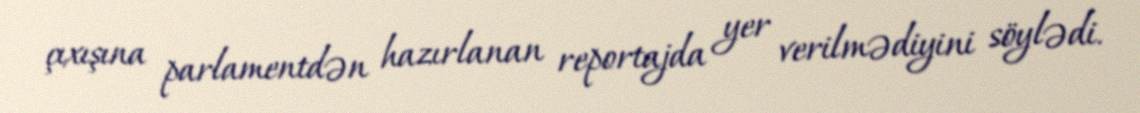
çıxışına parlamentdən hazırlanan reportajda yer verilmədiyini söylədi.